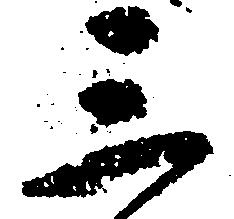
三